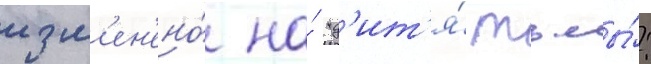
изм'ен'ено́ на́ "д'ит'я́ тьмы́: